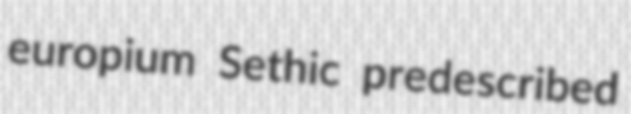
europium Sethic predescribed